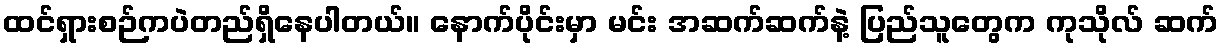
ထင်ရှားစဉ်ကပဲတည်ရှိနေပါတယ်။ နောက်ပိုင်းမှာ မင်း အဆက်ဆက်နဲ့ ပြည်သူတွေက ကုသိုလ် ဆက်